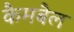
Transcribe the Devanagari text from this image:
कैमबैल